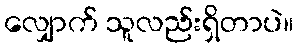
လျှောက် သူလည်းရှိတာပဲ။